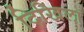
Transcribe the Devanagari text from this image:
दिखिला